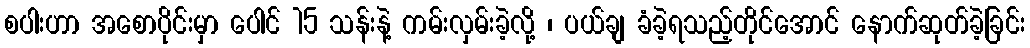
စပါးဟာ အစောပိုင်းမှာ ပေါင် 15 သန်းနဲ့ ကမ်းလှမ်းခဲ့လို့ ၊ ပယ်ချ ခံခဲ့ရသည့်တိုင်အောင် နောက်ဆုတ်ခဲ့ခြင်း